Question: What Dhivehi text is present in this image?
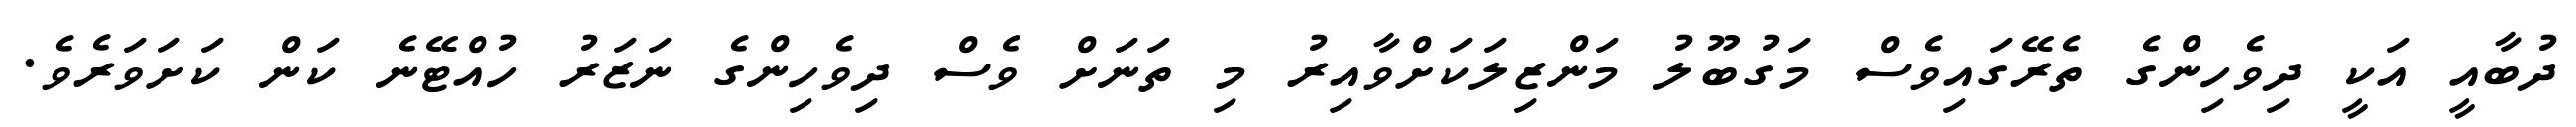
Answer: ދުބާއީ އަކީ ދިވެހިންގެ ތެރޭގައިވެސް މަގުބޫލު މަންޒިލަކަށްވާއިރު މި ތަނަށް ވެސް ދިވެހިންގެ ނަޒަރު ހުއްޓޭނެ ކަން ކަށަވަރެވެ.